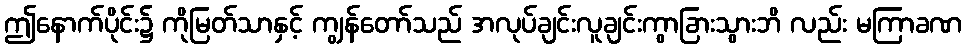
ဤနောက်ပိုင်း၌ ကိုမြတ်သာနှင့် ကျွန်တော်သည် အလုပ်ချင်းလူချင်းကွာခြားသွားဘိ လည်း မကြာခဏ